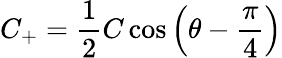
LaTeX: C_{+}={\frac{1}{2}}C\cos{\left(\theta-{\frac{\pi}{4}}\right)}